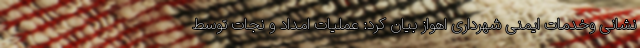
نشانی وخدمات ایمنی شهرداری اهواز بیان کرد: عملیات امداد و نجات توسط